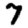
Digit: 7